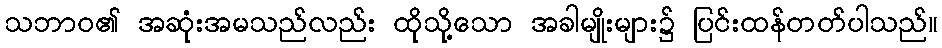
သဘာဝ၏ အဆုံးအမသည်လည်း ထိုသို့သော အခါမျိုးများ၌ ပြင်းထန်တတ်ပါသည်။